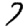
Digit: 7